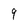
Character: 9